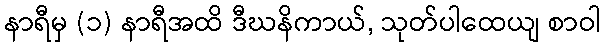
နာရီမှ (၁) နာရီအထိ ဒီဃနိကာယ်, သုတ်ပါထေယျ စာဝါ